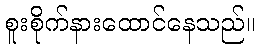
စူးစိုက်နားထောင်နေသည်။